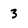
Character: 3